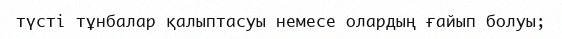
түсті тұнбалар қалыптасуы немесе олардың ғайып болуы;